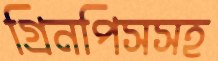
গ্রিনপিসসহ